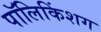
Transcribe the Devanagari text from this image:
पॉलिकिंशग